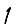
Digit: 1